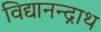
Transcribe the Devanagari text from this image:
विद्यानन्द्नाथ